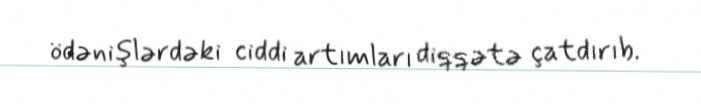
ödənişlərdəki ciddi artımları diqqətə çatdırıb.